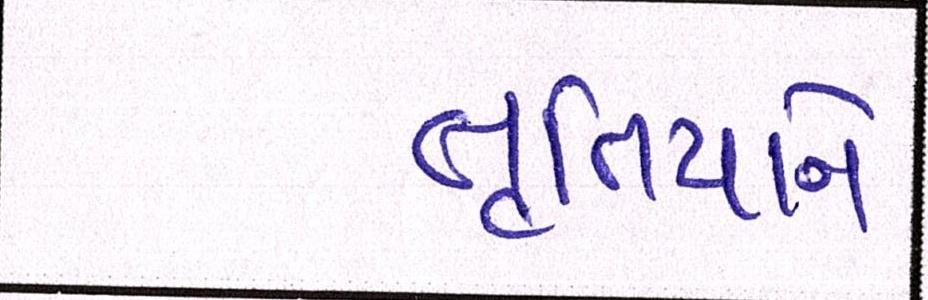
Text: તૃતિયાને